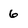
Character: 6